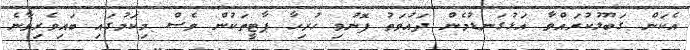
އެކަން ގަބޫލުކުރައްވާ އަޅުގަނޑުމެން ދައުވަތު ފޮނުވި ހުރިހާ ޕާޓީތަކުން ވެސް މިކަމުގައި ބައިވެރިވާނެ